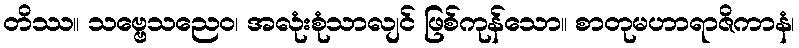
တိဿ။ သဗ္ဗေသညေဝ၊ အလုံးစုံသာလျင် ဖြစ်ကုန်သော။ စာတုမဟာရာဇိကာနံ၊